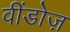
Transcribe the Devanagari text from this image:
वींडोज़